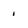
Character: 1